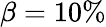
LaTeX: \beta=10\%